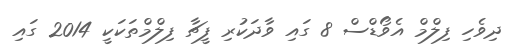
ދިވެހި ފިލްމް އެވޯޑްސް 8 ގައި ވާދަކުރި ފީޗާ ފިލްމްތަކަކީ 2014 ގައި